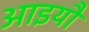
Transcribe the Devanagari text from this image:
आइयौ